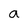
Character: a